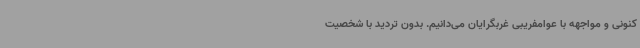
کنونی و مواجهه با عوامفریبی غربگرایان می‌دانیم. بدون تردید با شخصیت